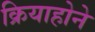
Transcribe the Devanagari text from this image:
क्रियाहोने